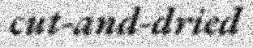
cut-and-dried